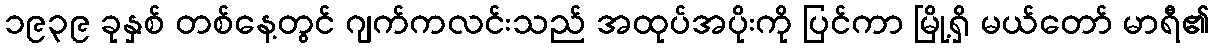
၁၉၃၉ ခုနှစ် တစ်နေ့တွင် ဂျက်ကလင်းသည် အထုပ်အပိုးကို ပြင်ကာ မြို့ရှိ မယ်တော် မာရီ၏